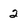
Character: 2